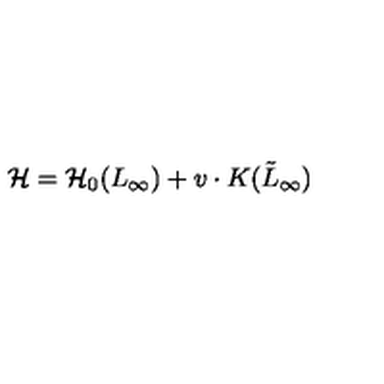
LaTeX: { \cal H } = { \cal H } _ { 0 } ( L _ { \infty } ) + v \cdot K ( \tilde { L } _ { \infty } )